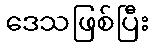
ဒေသဖြစ်ပြီး